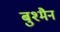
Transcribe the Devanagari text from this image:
बुश्मैन